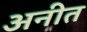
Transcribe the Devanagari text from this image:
अनीत